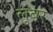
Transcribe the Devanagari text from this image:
लुबर